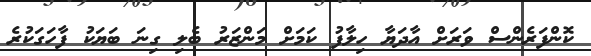
ކޮންފަރެންސް ވަރަށް އާދަޔާ ހިލާފު ކަމަށް މަންޒަރު ބެލި ގިނަ ބަޔަކު ފާހަގަކުރެ